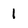
Character: 1